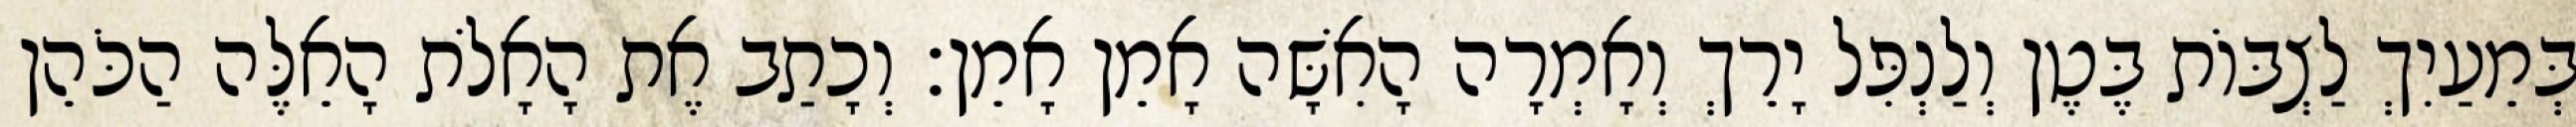
בְּמֵעַיִךְ לַצְבּוֹת בֶּטֶן וְלַנְפִּל יָרֵךְ וְאָמְרָה הָאִשָּׁה אָמֵן אָמֵן׃ וְכָתַב אֶת הָאָלֹת הָאֵלֶּה הַכֹּהֵן